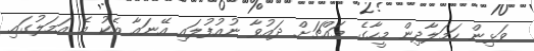
ވަޅިން ހަމަލާދިން މީހާގެ މައްޗަށް ދައުވާ ނުއުފުލައި އޭނައާ އެކު އެ އަމަލުގައި